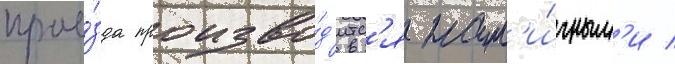
прое́зда произво́д'итс'я нал'и́чным'и /